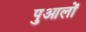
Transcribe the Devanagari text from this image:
पुआलों